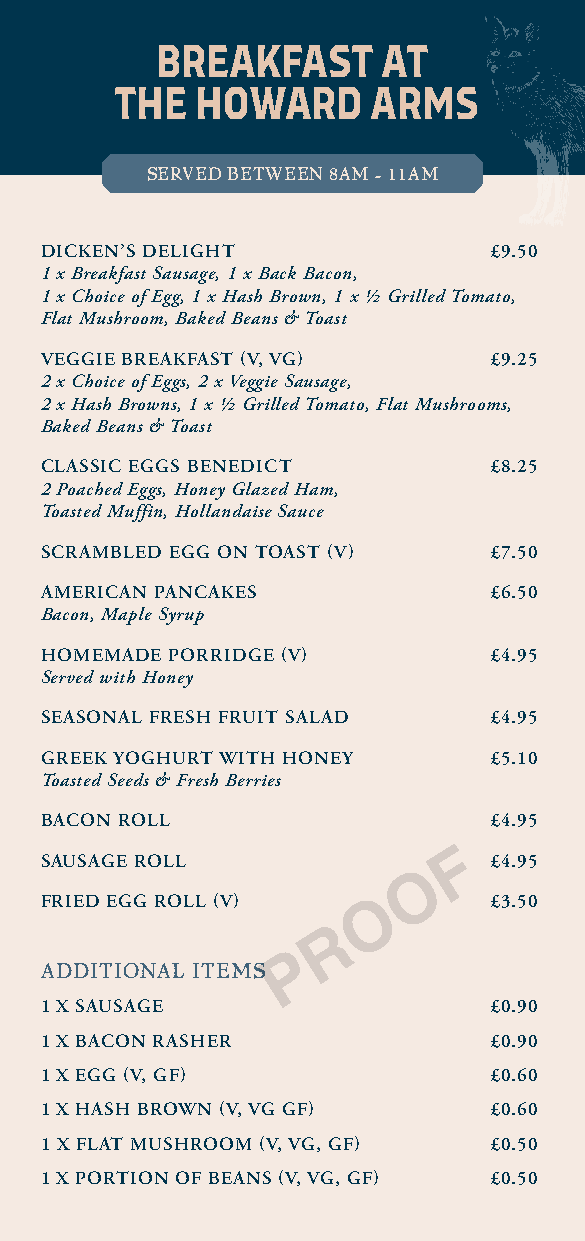
BREAKFAST      AT
 THE  HOWARD      ARMS
 SERVED BETWEEN 8AM - 11AM
 DICKEN’S DELIGHT             £9.50
 1 x Breakfast Sausage, 1 x Back Bacon,
 1 x Choice of Egg, 1 x Hash Brown, 1 x ½ Grilled Tomato,
 Flat Mushroom, Baked Beans & Toast
 VEGGIE BREAKFAST (V, VG)     £9.25
 2 x Choice of Eggs, 2 x Veggie Sausage,
 2 x Hash Browns, 1 x ½ Grilled Tomato, Flat Mushrooms,
 Baked Beans & Toast
 CLASSIC EGGS BENEDICT        £8.25
 2 Poached Eggs, Honey Glazed Ham,
 Toasted Muffin, Hollandaise Sauce
 SCRAMBLED EGG ON TOAST (V)   £7.50
 AMERICAN PANCAKES            £6.50
 Bacon, Maple Syrup
 HOMEMADE PORRIDGE (V)        £4.95
 Served with Honey
 SEASONAL FRESH FRUIT SALAD   £4.95
 GREEK YOGHURT WITH HONEY     £5.10
 Toasted Seeds & Fresh Berries
 BACON ROLL                   £4.95
 SAUSAGE ROLL                F £4.95
 O
 FRIED EGG ROLL (V)           £3.50
 O
 R
 ADDITIONAL ITEMS P
 1 X SAUSAGE                  £0.90
 1 X BACON RASHER             £0.90
 1 X EGG (V, GF)              £0.60
 1 X HASH BROWN (V, VG GF)    £0.60
 1 X FLAT MUSHROOM (V, VG, GF) £0.50
 1 X PORTION OF BEANS (V, VG, GF) £0.50